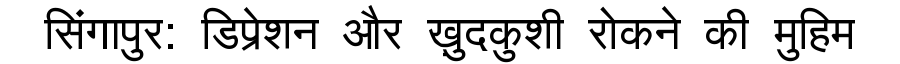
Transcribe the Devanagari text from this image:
सिंगापुर: डिप्रेशन और ख़ुदकुशी रोकने की मुहिम